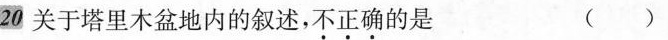
20关于塔里木盆地内的叙述，不正确的是 ( )